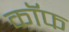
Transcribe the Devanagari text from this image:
कॉफ